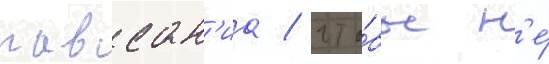
павсан'иа / что́бы н'е́